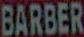
BARBER